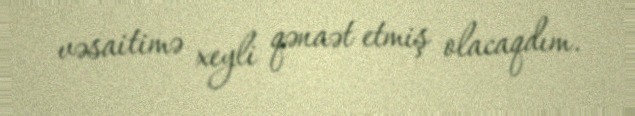
vəsaitimə xeyli qənaət etmiş olacaqdım.